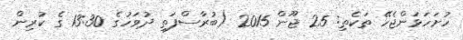
ހުށަހަޅަންޖެހޭ ތަކެތި: 25 ޖޫން 2015 (ބުރާސްފަތި ދުވަހުގެ 13:30 ގެ ކުރިން